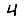
Digit: 4